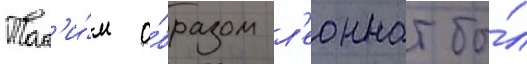
Так'и́м о́бразом л'еоннат бы́л